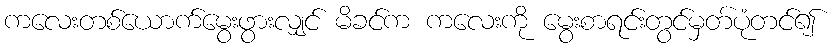
ကလေးတစ်ယောက်မွေးဖွားလျှင် မိခင်က ကလေးကို မွေးစာရင်းတွင်မှတ်ပုံတင်၍